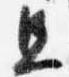
且